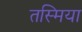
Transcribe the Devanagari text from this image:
तस्मिया